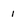
Character: i